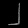
Digit: ၂